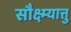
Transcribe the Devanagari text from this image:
सौक्ष्म्यात्तु